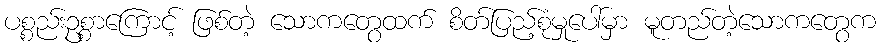
ပစ္စည်းဥစ္စာကြောင့် ဖြစ်တဲ့ သောကတွေထက် စိတ်ပြည့်စုံမှုပေါ်မှာ မူတည်တဲ့သောကတွေက